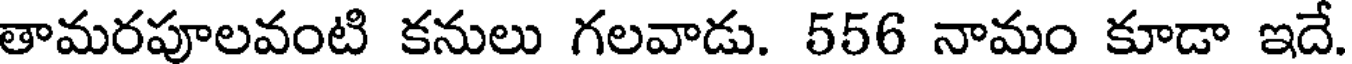
తామరపూలవంటి కనులు గలవాడు. 556 నామం కూడా ఇదే.